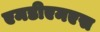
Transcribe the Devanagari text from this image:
एमडीएमएस